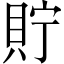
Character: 貯